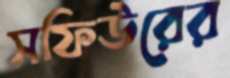
সফিউরের